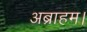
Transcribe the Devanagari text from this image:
अब्राहम।